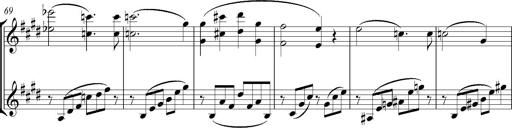
Title: Consolations
Composer: Franz Liszt